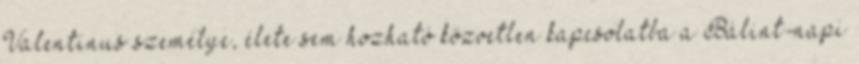
Valentinus személye, élete sem hozható közvetlen kapcsolatba a Bálint-napi